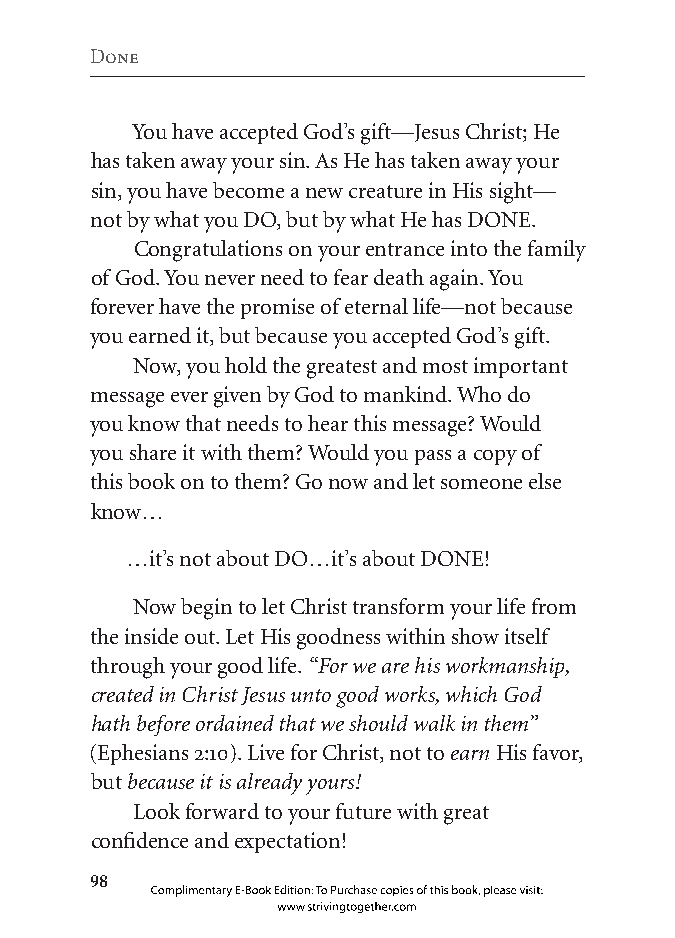
Done
 You have accepted God’s gift—Jesus Christ; He
 has taken away your sin. As He has taken away your
 sin, you have become a new creature in His sight—
 not by what you DO, but by what He has DONE.
 Congratulations on your entrance into the family
 of God. You never need to fear death again. You
 forever have the promise of eternal life—not because
 you earned it, but because you accepted God’s gift.
 Now, you hold the greatest and most important
 message ever given by God to mankind. Who do
 you know that needs to hear this message? Would
 you share it with them? Would you pass a copy of
 this book on to them? Go now and let someone else
 know…
 …it’s not about DO…it’s about DONE!
 Now begin to let Christ transform your life from
 the inside out. Let His goodness within show itself
 through your good life. “For we are his workmanship,
 created in Christ Jesus unto good works, which God
 hath before ordained that we should walk in them”
 (Ephesians 2:10). Live for Christ, not to earn His favor,
 but because it is already yours!
 Look forward to your future with great
 confidence and expectation!
 
 Complimentary E-Book Edition: To Purchase copies of this book, please visit:
 www.strivingtogether.com